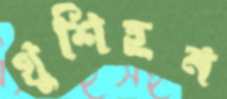
খুশিহন